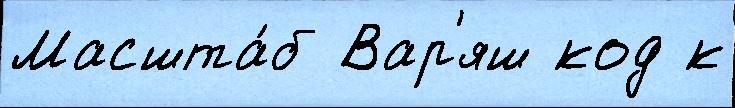
Масшта́б Вар'яш код к